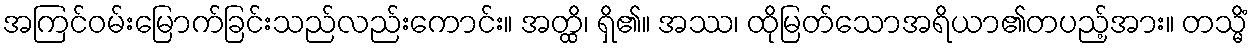
အကြင်ဝမ်းမြောက်ခြင်းသည်လည်းကောင်း။ အတ္ထိ၊ ရှိ၏။ အဿ၊ ထိုမြတ်သောအရိယာ၏တပည့်အား။ တသ္မိံ